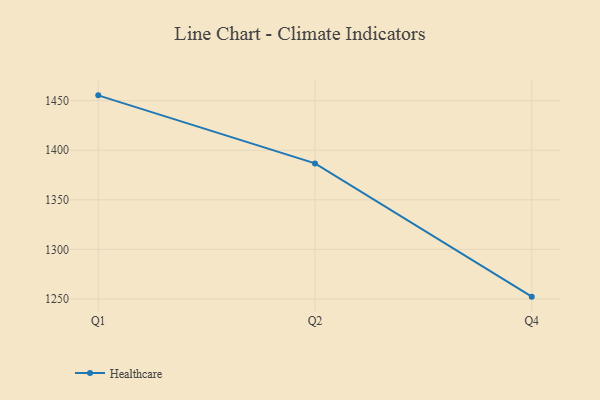
{"axis": {"x": "Quarter", "y": "Net Income (USD K)"}, "legend": ["Healthcare"], "data": [{"x": "Q1", "y": 1455.3, "type": "Healthcare"}, {"x": "Q2", "y": 1386.7, "type": "Healthcare"}, {"x": "Q4", "y": 1252.3, "type": "Healthcare"}]}